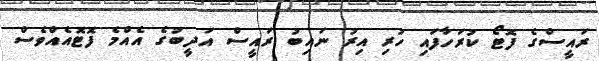
ރައީސްގެ ފޮޓޯ ކުރަހާފައި ހުރި އިރު ނައިބު ރައީސް އަދީބުގެ އެއްމެ ފޮޓޮއެއްވެސް